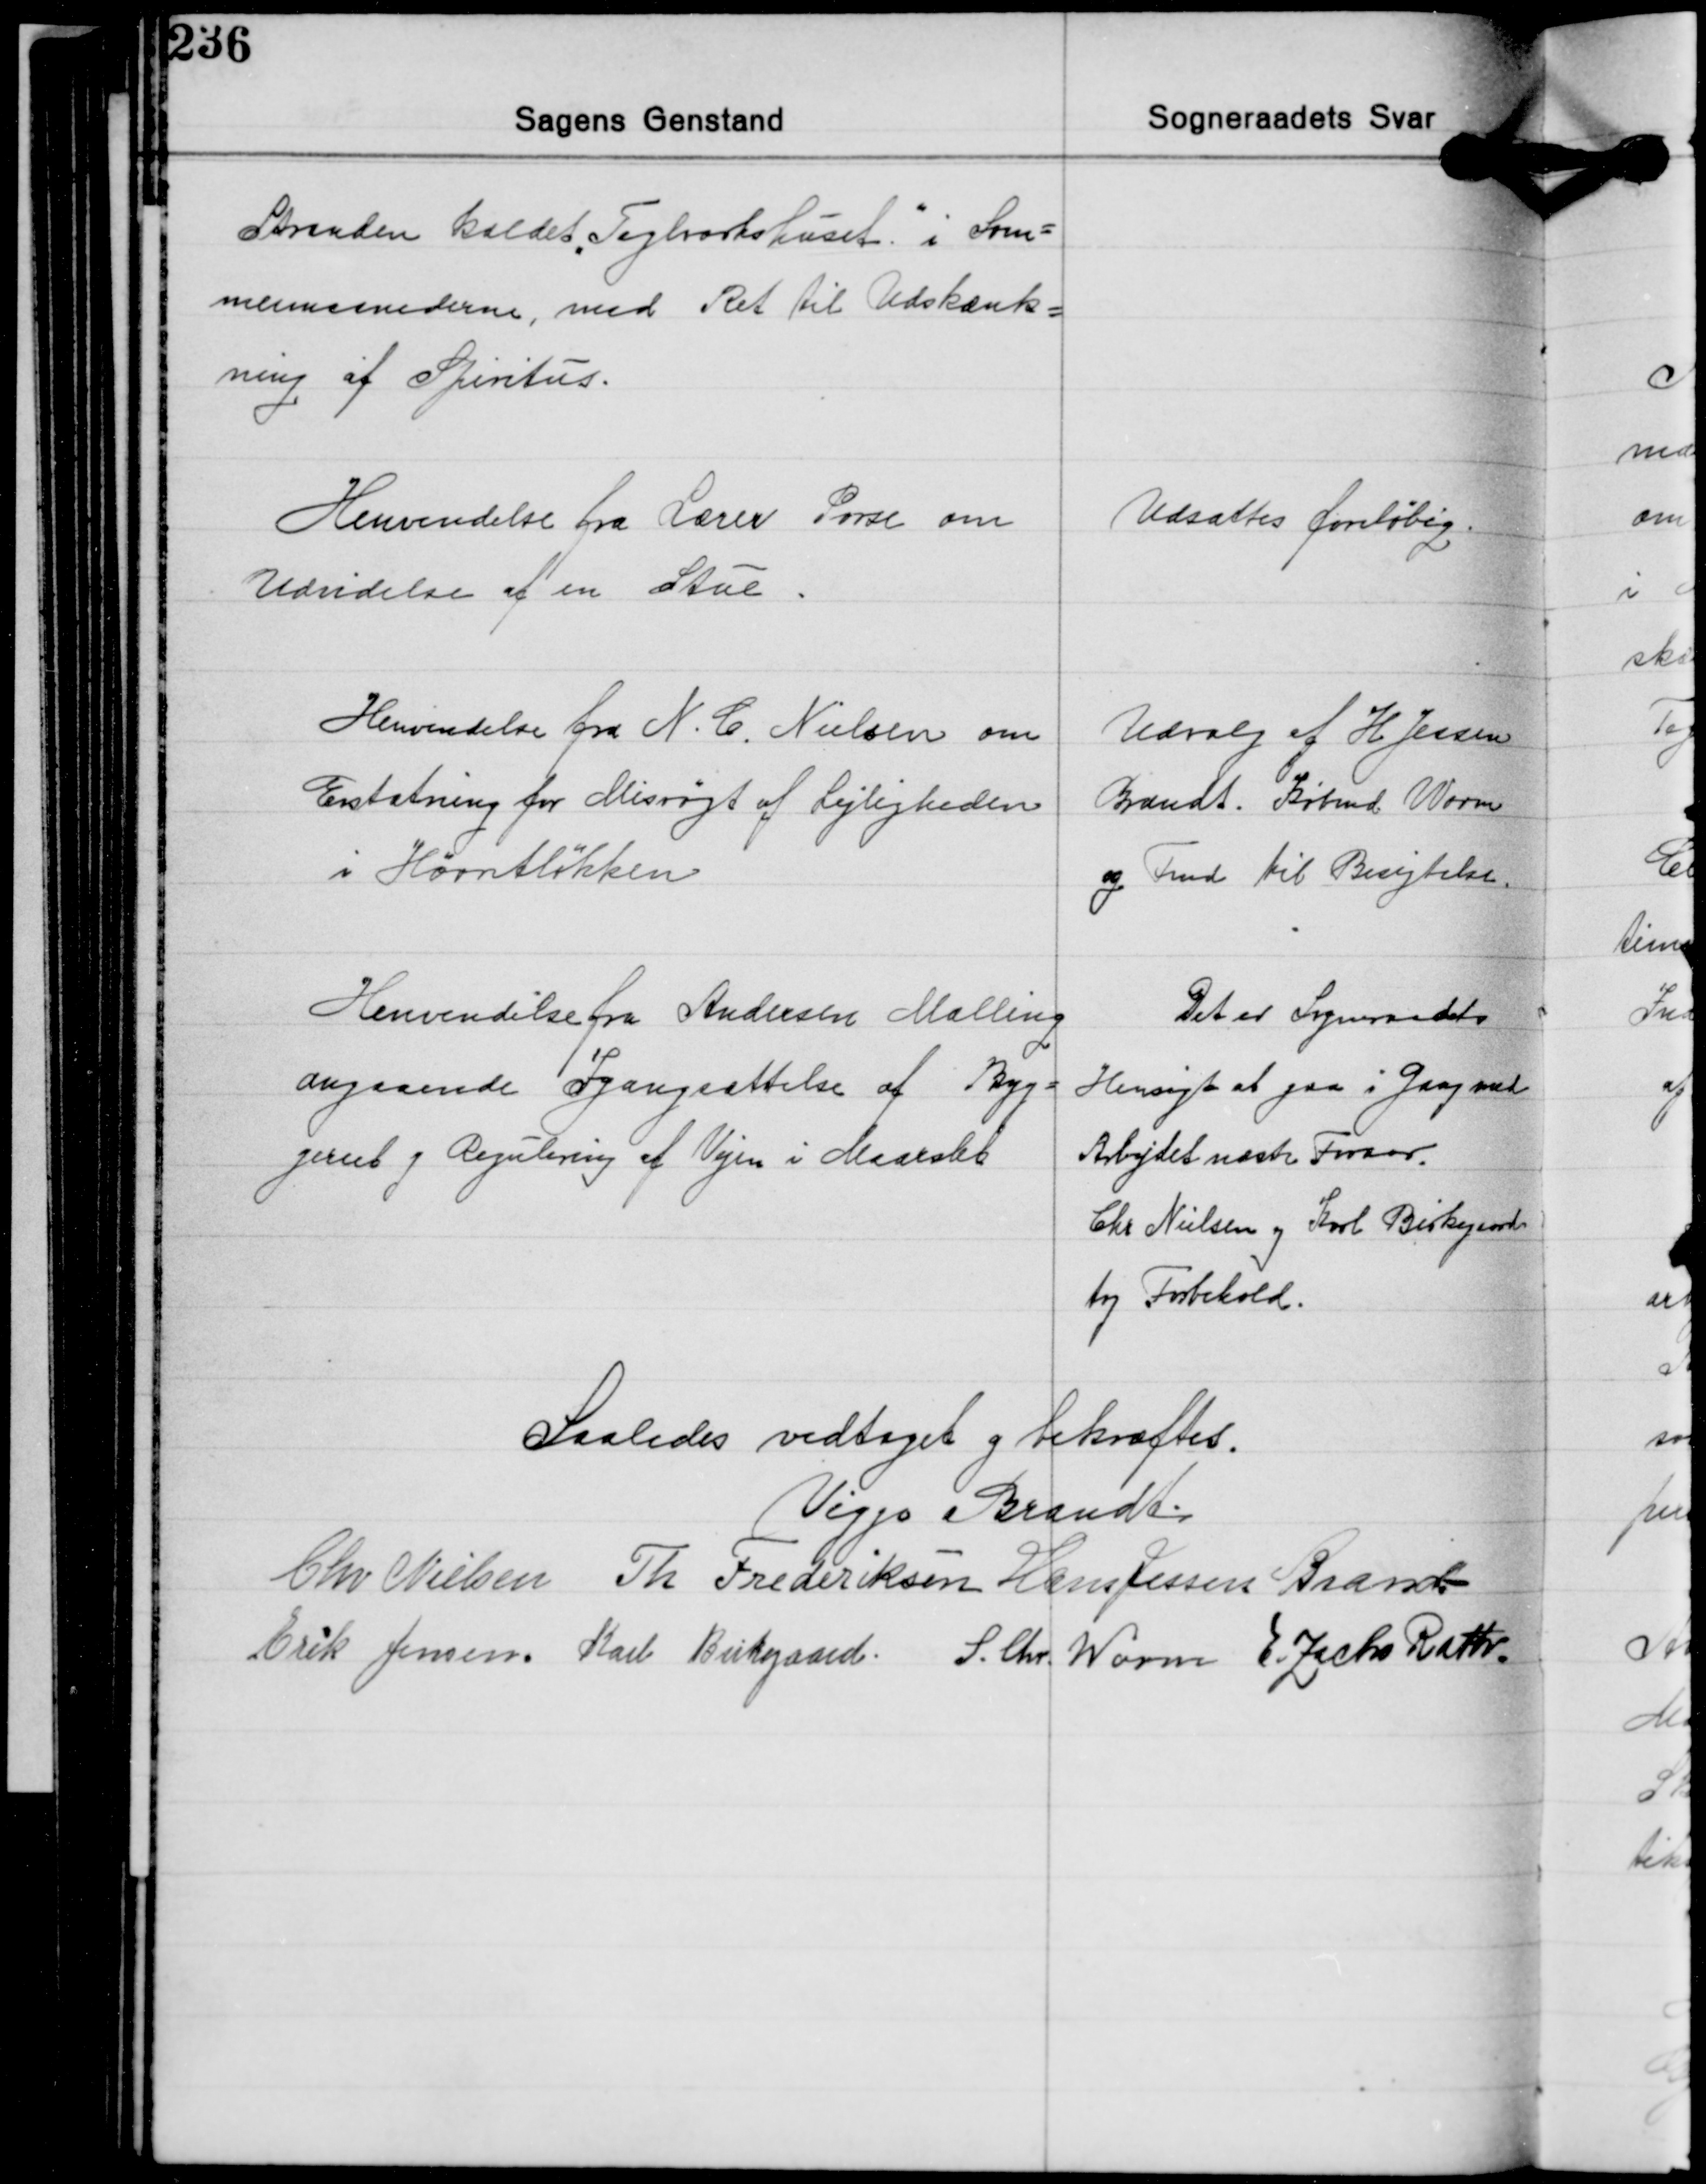
Transskription:
Stranden kaldet "Teglværkshuset" i Som-
mermaanederne, med Ret til Udskænk-
ning af Spiritus.

Henvendelse fra Lærer Porse om
Udvidelse af en Stue.

Udsattes foreløbig.

Henvendelse fra N. C. Nielsen om
Erstatning for Misrøgt af Lejligheden
i Hørretløkken

Udvalg af H. Jessen
Brandt. Købmd. Worm
og Fmd. til Besigtelse.

Henvendelse fra Andersen Malling
angaaende Igangsættelse af Byg-
geriet i Regulering af Vejen i Maarslet

Det er Sogneraadets
Hensigt at gaa i Gang med
Arbejdet næste Foraar.
Chr. Nielsen og Karl Birkegaard
tog Forbehold.

Saaledes vedtaget og bekræftes.
Viggo Brandt
Chr. Nielsen Th. Frederiksen Hans Jessen Brandt
Erik Jensen Karl Birkegaard S. Chr. Worm E. Zacho Rath